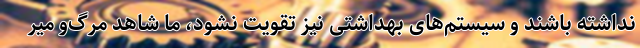
نداشته باشند و سیستم‌های بهداشتی نیز تقویت نشود، ما شاهد مرگ‌و میر